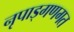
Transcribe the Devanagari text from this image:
नृपाड्गणगत